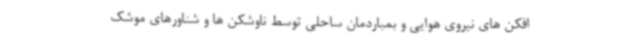
افکن های نیروی هوایی و بمباردمان ساحلی توسط ناوشکن ها و شناورهای موشک